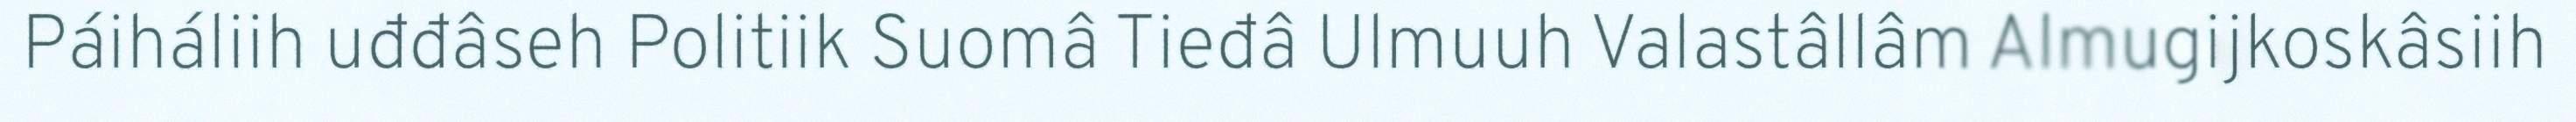
Páiháliih uđđâseh Politiik Suomâ Tieđâ Ulmuuh Valastâllâm Almugijkoskâsiih